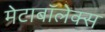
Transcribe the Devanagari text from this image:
मेटाबॉलेक्स